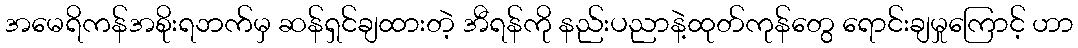
အမေရိကန်အစိုးရဘက်မှ ဆန်ရှင်ချထားတဲ့ အီရန်ကို နည်းပညာနဲ့ထုတ်ကုန်တွေ ရောင်းချမှုကြောင့် ဟာ